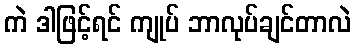
ကဲ ဒါဖြင့်ရင် ကျုပ် ဘာလုပ်ချင်တာလဲ